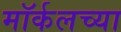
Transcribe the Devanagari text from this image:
मॉर्कलच्या